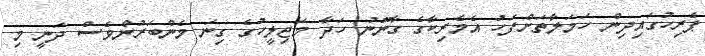
ޕެރިހުގައިދިން ހަމަލާތަަށްފަހު އެމެރިކާގެ ގާނޫނު ހަދާ މަޖިލީހުގެ ގިނަ މެންބަރުންވެސް ދަނީ މި